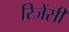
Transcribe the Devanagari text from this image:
रिजेंसी